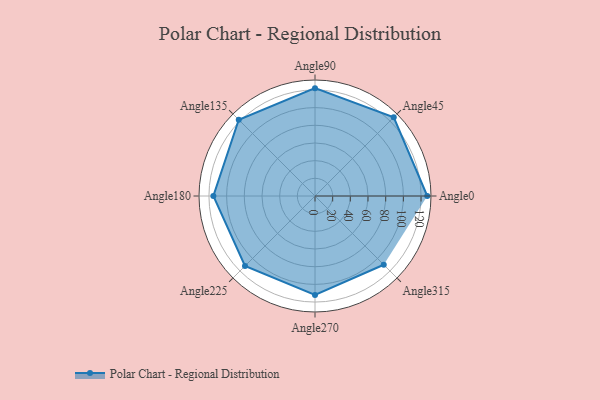
{"axis": {"x": "Angle", "y": "Radius"}, "legend": [""], "data": [{"x": "Angle0", "y": 127.0, "type": ""}, {"x": "Angle45", "y": 126.0, "type": ""}, {"x": "Angle90", "y": 122.0, "type": ""}, {"x": "Angle135", "y": 122.0, "type": ""}, {"x": "Angle180", "y": 115.0, "type": ""}, {"x": "Angle225", "y": 112.0, "type": ""}, {"x": "Angle270", "y": 112.0, "type": ""}, {"x": "Angle315", "y": 110.0, "type": ""}]}